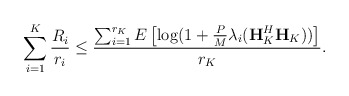
\begin{align*}\sum_{i=1}^K\frac{R_i}{r_i}\leq \frac{\sum_{i=1}^{r_K}E\left[\log (1+\frac{P}{M}\lambda_i(\textbf{H}_K^H\textbf{H}_K))\right]}{r_K}.\end{align*}